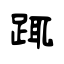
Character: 踂